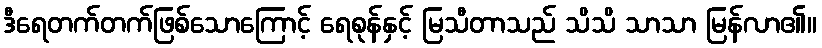
ဒီရေတက်တက်ဖြစ်သောကြောင့် ရေစုန်နှင့် မြသီတာသည် သိသိ သာသာ မြန်လာ၏။